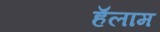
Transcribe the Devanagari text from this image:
हॅलाम